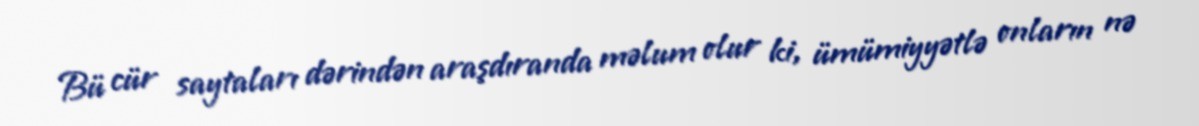
Bü cür saytaları dərindən araşdıranda məlum olur ki, ümümiyyətlə onların nə